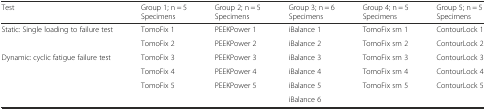
<table><thead><tr><td><b>Test</b></td><td><b>Group 1; n = 5 Specimens</b></td><td><b>Group 2; n = 5 Specimens</b></td><td><b>Group 3; n = 6 Specimens</b></td><td><b>Group 4; n = 5 Specimens</b></td><td><b>Group 5; n = 5 Specimens</b></td></tr></thead><tbody><tr><td rowspan="2">Static: Single loading to failure test</td><td>TomoFix 1</td><td>PEEKPower 1</td><td>iBalance 1</td><td>TomoFix sm 1</td><td>ContourLock 1</td></tr><tr><td>TomoFix 2</td><td>PEEKPower 2</td><td>iBalance 2</td><td>TomoFix sm 2</td><td>ContourLock 2</td></tr><tr><td rowspan="4">Dynamic: cyclic fatigue failure test</td><td>TomoFix 3</td><td>PEEKPower 3</td><td>iBalance 3</td><td>TomoFix sm 3</td><td>ContourLock 3</td></tr><tr><td>TomoFix 4</td><td>PEEKPower 4</td><td>iBalance 4</td><td>TomoFix sm 4</td><td>ContourLock 4</td></tr><tr><td>TomoFix 5</td><td>PEEKPower 5</td><td>iBalance 5</td><td>TomoFix sm 5</td><td>ContourLock 5</td></tr><tr><td>[EMPTY_CELL]</td><td>[EMPTY_CELL]</td><td>iBalance 6</td><td>[EMPTY_CELL]</td><td>[EMPTY_CELL]</td></tr></tbody></table>